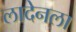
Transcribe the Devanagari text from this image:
लादेनला